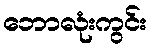
ဘောလုံးကွင်း